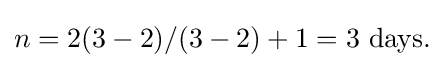
n=2(3-2)/(3-2)+1=3{\text{ days.}}